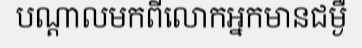
បណ្តាលមកពីលោកអ្នកមានជម្ងឺ